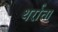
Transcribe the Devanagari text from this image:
थर्राता